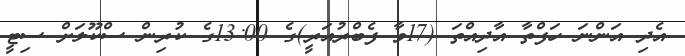
އެދި އަންނަ ހަފްތާ އާދިއްތަ (17ވާ ފެބްރުއަރީ)ގެ 13:00ގެ ކުރިން ސްކޫލަށް ސިޓީ